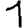
Digit: 1